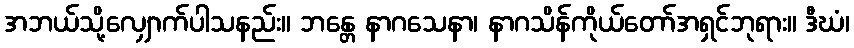
အဘယ်သို့လျှောက်ပါသနည်း။ ဘန္တေ နာဂသေနာ၊ နာဂသိန်ကိုယ်တော်အရှင်ဘုရား။ ဒီဃံ၊